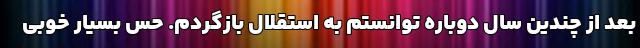
بعد از چندین سال دوباره توانستم به استقلال بازگردم. حس بسیار خوبی